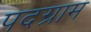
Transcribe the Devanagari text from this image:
पदग्राम